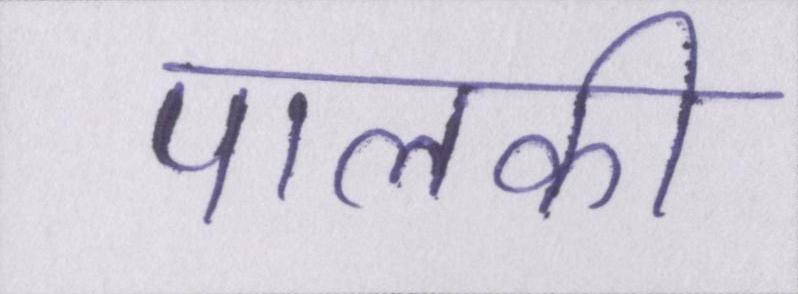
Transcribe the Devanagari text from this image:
पालकी